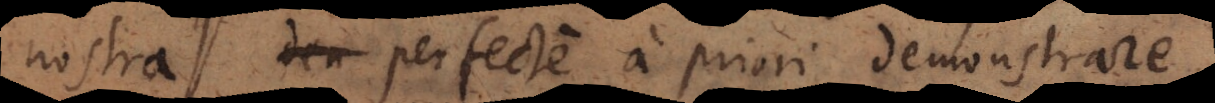
nostra dem perfecte a priori demonstrare